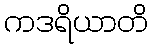
ကဒရိယာတိ